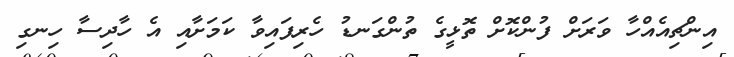
އިންޗިއެއްހާ ވަރަށް ފުންކޮށް ތޮޅީގެ ތުންގަނޑު ހެރިފައިވާ ކަމަށާއި އެ ހާދިސާ ހިނގި